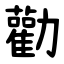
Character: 勸